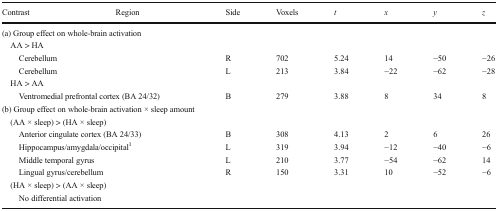
| Contrast | Region | Side | Voxels | t | x | y | z |
 | --- | --- | --- | --- | --- | --- | --- | --- |
 | <COLSPAN=8> (a) Group effect on whole-brain activation |
 | <COLSPAN=8> AA > HA |
 | <COLSPAN=2> Cerebellum | R | 702 | 5.24 | 14 | −50 | −26 |
 | <COLSPAN=2> Cerebellum | L | 213 | 3.84 | −22 | −62 | −28 |
 | <COLSPAN=8> HA > AA |
 | <COLSPAN=2> Ventromedial prefrontal cortex (BA 24/32) | B | 279 | 3.88 | 8 | 34 | 8 |
 | <COLSPAN=8> (b) Group effect on whole-brain activation × sleep amount |
 | <COLSPAN=8> (AA × sleep) > (HA × sleep) |
 | <COLSPAN=2> Anterior cingulate cortex (BA 24/33) | B | 308 | 4.13 | 2 | 6 | 26 |
 | <COLSPAN=2> Hippocampus/amygdala/occipital1 | L | 319 | 3.94 | −12 | −40 | −6 |
 | <COLSPAN=2> Middle temporal gyrus | L | 210 | 3.77 | −54 | −62 | 14 |
 | <COLSPAN=2> Lingual gyrus/cerebellum | R | 150 | 3.31 | 10 | −52 | −6 |
 | <COLSPAN=8> (HA × sleep) > (AA × sleep) |
 | <COLSPAN=2> No differential activation |  |  |  |  |  |  |